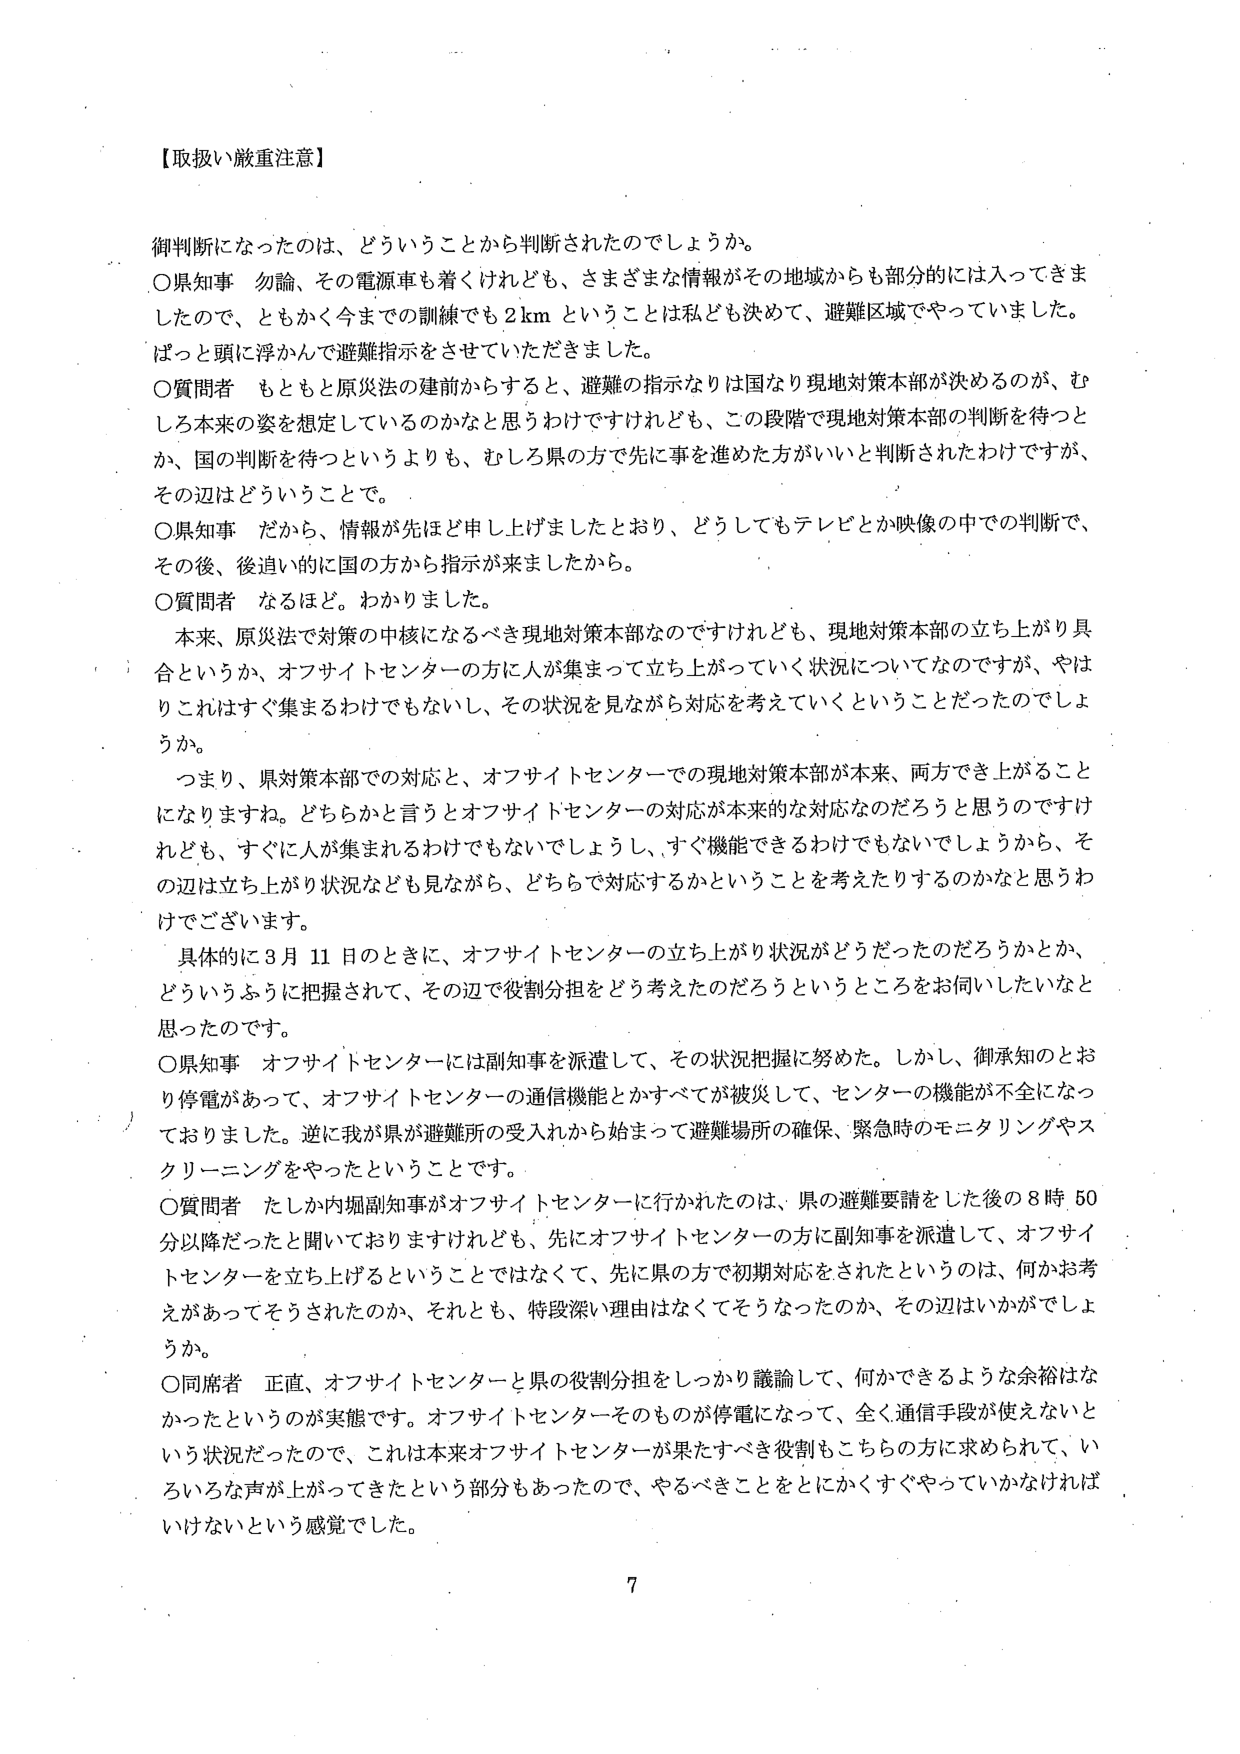
【取扱い厳重注意】

御判断になったのは、どういうことから判断されたのでしょうか。

○県知事　勿論、その電源車も着くけれども、さまざまな情報がその地域からも部分的には入ってきましたので、ともかく今までの訓練でも2kmということは私ども決めて、避難区域でやっていました。ぱっと頭に浮かんで避難指示をさせていただきました。

○質問者　もともと原災法の建前からすると、避難の指示なりは国なり現地対策本部が決めるのが、むしろ本来の姿を想定しているのかなと思うわけですけれども、この段階で現地対策本部の判断を待つとか、国の判断を待つというよりも、むしろ県の方で先に事を進めた方がいいと判断されたわけですが、その辺はどういうことで。

○県知事　だから、情報が先ほど申し上げましたとおり、どうしてもテレビとか映像の中での判断で、その後、後追い的に国の方から指示が来ましたから。

○質問者　なるほど。わかりました。

本来、原災法で対策の中核になるべき現地対策本部なのですがけれども、現地対策本部の立ち上がり具合というか、オフサイトセンターの方に人が集まって立ち上がっていく状況についてなのですが、やはりこれはすぐ集まるわけでもないし、その状況を見ながら対応を考えていくということだったのでしょうか。

つまり、県対策本部での対応と、オフサイトセンターでの現地対策本部が本来、両方でき上がることになりますね。どちらかと言うとオフサイトセンターの対応が本来的な対応なのだろうと思うのですけれども、すぐに人が集まれるわけでもないでしょうし、すぐ機能できるわけでもないでしょうから、その辺は立ち上がり状況なども見ながら、どちらで対応するかということを考えたりするのかなと思うわけです。

具体的に3月11日のときに、オフサイトセンターの立ち上がり状況がどうだったのだろうかとか、どういうふうに把握されて、その辺で役割分担をどう考えたのだろうというところをお伺いしたいなと思ったのです。

○県知事　オフサイトセンターには副知事を派遣して、その状況把握に努めた。しかし、御承知のとおり停電があって、オフサイトセンターの通信機能とかすべてが被災して、センターの機能が不全になっておりました。逆に我が県が避難所の受入れから始まって避難場所の確保、緊急時のモニタリングやスクリーニングをやったということです。

○質問者　たしか内堀副知事がオフサイトセンターに行かれたのは、県の避難要請をした後の8時50分以降だったと聞いておりますけれども、先にオフサイトセンターの方に副知事を派遣して、オフサイトセンターを立ち上げるということではなくて、先に県の方で初期対応をされたというのは、何かお考えがあってそうされたのか、それとも、特段深い理由はなくてそうなったのか、その辺はいかがでしょうか。

○同席者　正直、オフサイトセンターと県の役割分担をしっかり議論して、何かできるような余裕はなかったというのが実態です。オフサイトセンターそのものが停電になって、全く通信手段が使えないという状況だったので、これは本来オフサイトセンターが果たすべき役割もこちらの方に求められて、いろいろな声が上がってきたという部分もあったので、やるべきことをとにかくすぐやっていかなければいけないという感覚でした。

7